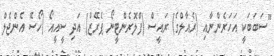
"ސަބަބަކީ އަހަރެންނާއި (ރެއާލްގެ) ރައީސް (ފްލޮރެންޓީނޯ ޕެރޭޒް) އަދި ސީއީއޯ (ހޯސޭ އެންޖެލް